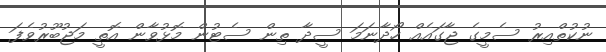
ނުކުތްއިރު ސެމީގެ ޖާގައެއް ހޯދާނަަމަ ސީދާ ތިން ސެޓުން މޮޅުވާން އޮތީ މަޖުބޫރުވެފަ